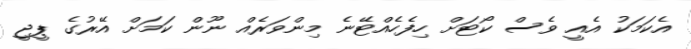
އެކަމަކު އެއީ ވެސް ކޯޓަށް ހިފެހެއްޓޭނެ މިންވަރެއް ނޫން ކަމަށް އޭރުގެ ޕީޖީ